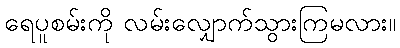
ရေပူစမ်းကို လမ်းလျှောက်သွားကြမလား။